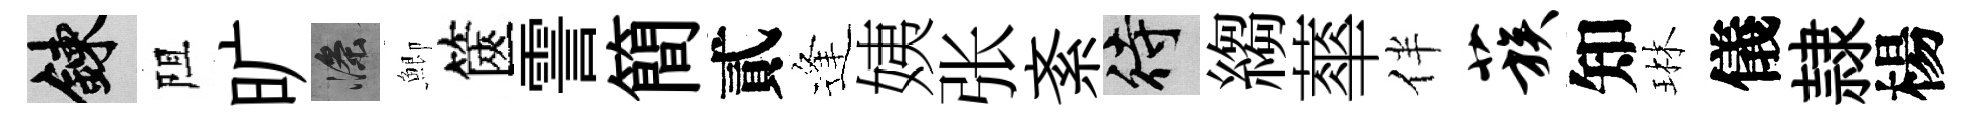
練阻旷滌鯽篋霅簡貳逢姨张紊待縐蕐伴蔟知琳儀隷楊